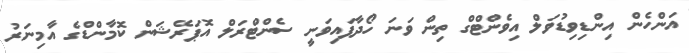
އަންހެން އިންޑިވިޑުވަލް އިވެންޓްގް ތިން ވަނަ ހޯދާފައިވަނީ ސެންޓްރަލް އޮޕަރޭޝަން ކޮމާންޑްގެ އާމިނަރު